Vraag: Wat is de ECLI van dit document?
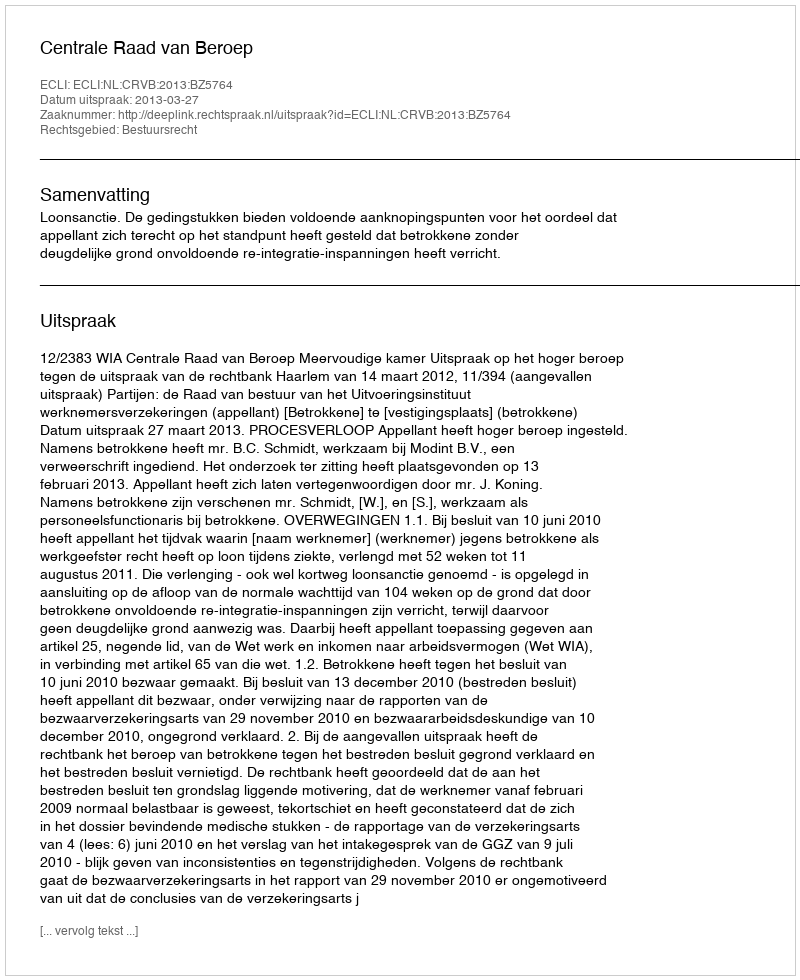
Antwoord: ECLI:NL:CRVB:2013:BZ5764